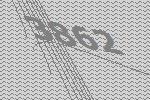
3862